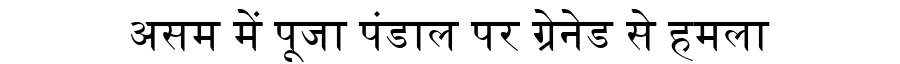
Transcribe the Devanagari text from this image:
असम में पूजा पंडाल पर ग्रेनेड से हमला